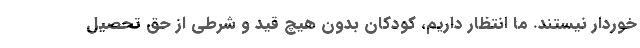
خوردار نیستند. ما انتظار داریم، کودکان بدون هیچ قید و شرطی از حق تحصیل